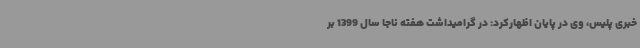
خبری پلیس، وی در پایان اظهارکرد: در گرامیداشت هفته ناجا سال 1399 بر